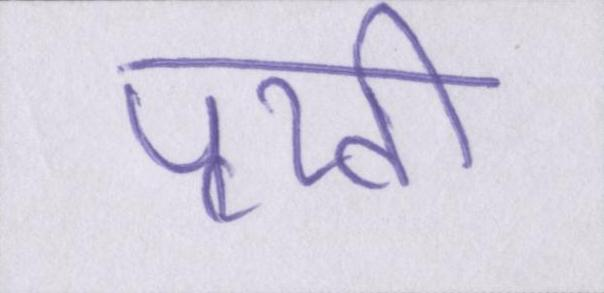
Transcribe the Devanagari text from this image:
पृथ्वी